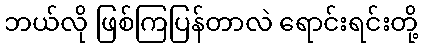
ဘယ်လို ဖြစ်ကြပြန်တာလဲ ရောင်းရင်းတို့